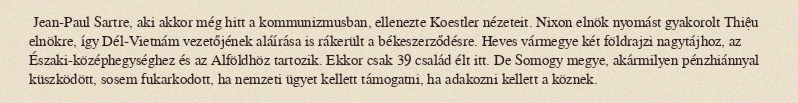
Jean-Paul Sartre, aki akkor még hitt a kommunizmusban, ellenezte Koestler nézeteit. Nixon elnök nyomást gyakorolt Thiệu elnökre, így Dél-Vietnám vezetőjének aláírása is rákerült a békeszerződésre. Heves vármegye két földrajzi nagytájhoz, az Északi-középhegységhez és az Alföldhöz tartozik. Ekkor csak 39 család élt itt. De Somogy megye, akármilyen pénzhiánnyal küszködött, sosem fukarkodott, ha nemzeti ügyet kellett támogatni, ha adakozni kellett a köznek.